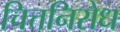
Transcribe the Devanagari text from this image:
चित्तनिरोध